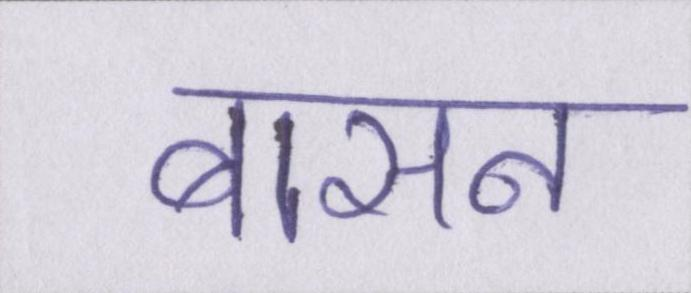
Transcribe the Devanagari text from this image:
बासन